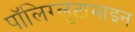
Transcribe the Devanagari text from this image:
पॉलिग्लुटामाइन